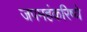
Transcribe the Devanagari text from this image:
जपमहंकरिष्ये